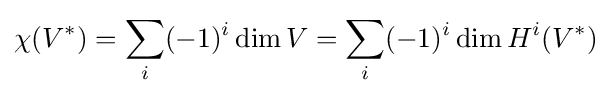
\chi (V^{*})=\sum _{i}(-1)^{i}\dim V=\sum _{i}(-1)^{i}\dim H^{i}(V^{*})